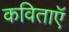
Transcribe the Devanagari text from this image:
कविताऍ